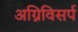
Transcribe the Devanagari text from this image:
अग्निविसर्प